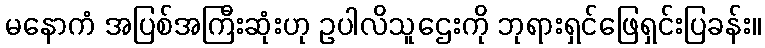
မနောကံ အပြစ်အကြီးဆုံးဟု ဥပါလိသူဌေးကို ဘုရားရှင်ဖြေရှင်းပြခန်း။